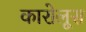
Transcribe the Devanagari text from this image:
कारोलूस